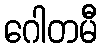
ဂေါတမီ